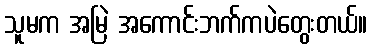
သူမက အမြဲ အကောင်းဘက်ကပဲတွေးတယ်။